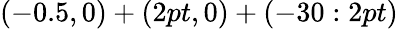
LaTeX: (-0.5,0)+(2pt,0)+(-30:2pt)